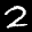
Label: 2